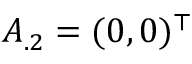
A _ { . 2 } = ( 0 , 0 ) ^ { \top }